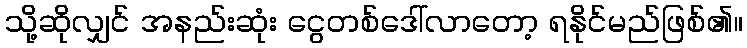
သို့ဆိုလျှင် အနည်းဆုံး ငွေတစ်ဒေါ်လာတော့ ရနိုင်မည်ဖြစ်၏။